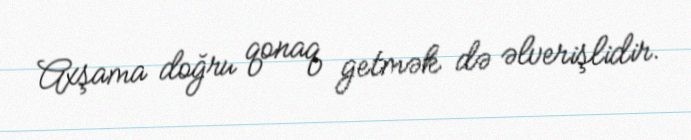
Axşama doğru qonaq getmək də əlverişlidir.